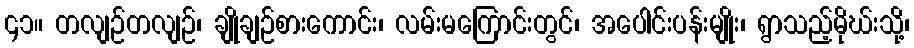
၄၁။ တလျဉ်တလျဉ်၊ ချိုချဉ်စားကောင်း၊ လမ်းမကြောင်းတွင်၊ အပေါင်းပန်းမျိုး၊ ရွာသည့်မိုဃ်းသို့၊